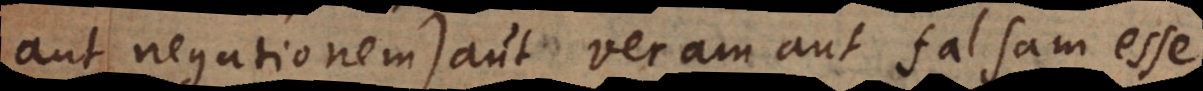
aut negationem) aut veram aut falsam esse.